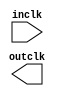
// megafunction wizard: %ALTCLKCTRL%VBB%
// GENERATION: STANDARD
// VERSION: WM1.0
// MODULE: altclkctrl 

// ============================================================
// Megafunction Name(s):
// 			altclkctrl
//
// Simulation Library Files(s):
// 			stratixiv
// ============================================================
// ************************************************************
// THIS IS A WIZARD-GENERATED FILE. DO NOT EDIT THIS FILE!
//
// 11.1 Build 173 11/01/2011 SJ Full Version
// ************************************************************

//Copyright (C) 1991-2011 Altera Corporation
//Your use of Altera Corporation's design tools, logic functions 
//and other software and tools, and its AMPP partner logic 
//functions, and any output files from any of the foregoing 
//(including device programming or simulation files), and any 
//associated documentation or information are expressly subject 
//to the terms and conditions of the Altera Program License 
//Subscription Agreement, Altera MegaCore Function License 
//Agreement, or other applicable license agreement, including, 
//without limitation, that your use is for the sole purpose of 
//programming logic devices manufactured by Altera and sold by 
//Altera or its authorized distributors.  Please refer to the 
//applicable agreement for further details.

module AltClkCtl (
	inclk,
	outclk)/* synthesis synthesis_clearbox = 1 */;

	input	  inclk;
	output	  outclk;

endmodule

// ============================================================
// CNX file retrieval info
// ============================================================
// Retrieval info: PRIVATE: INTENDED_DEVICE_FAMILY STRING "Stratix IV"
// Retrieval info: PRIVATE: SYNTH_WRAPPER_GEN_POSTFIX STRING "0"
// Retrieval info: PRIVATE: clock_inputs NUMERIC "1"
// Retrieval info: CONSTANT: INTENDED_DEVICE_FAMILY STRING "Stratix IV"
// Retrieval info: CONSTANT: USE_GLITCH_FREE_SWITCH_OVER_IMPLEMENTATION STRING "OFF"
// Retrieval info: CONSTANT: clock_type STRING "Periphery clock"
// Retrieval info: USED_PORT: inclk 0 0 0 0 INPUT NODEFVAL "inclk"
// Retrieval info: USED_PORT: outclk 0 0 0 0 OUTPUT NODEFVAL "outclk"
// Retrieval info: CONNECT: @ena 0 0 0 0 VCC 0 0 0 0
// Retrieval info: CONNECT: @inclk 0 0 3 1 GND 0 0 3 0
// Retrieval info: CONNECT: @inclk 0 0 1 0 inclk 0 0 0 0
// Retrieval info: CONNECT: outclk 0 0 0 0 @outclk 0 0 0 0
// Retrieval info: GEN_FILE: TYPE_NORMAL AltClkCtl.v TRUE
// Retrieval info: GEN_FILE: TYPE_NORMAL AltClkCtl.inc FALSE
// Retrieval info: GEN_FILE: TYPE_NORMAL AltClkCtl.cmp FALSE
// Retrieval info: GEN_FILE: TYPE_NORMAL AltClkCtl.bsf FALSE
// Retrieval info: GEN_FILE: TYPE_NORMAL AltClkCtl_inst.v FALSE
// Retrieval info: GEN_FILE: TYPE_NORMAL AltClkCtl_bb.v TRUE
// Retrieval info: LIB_FILE: stratixiv